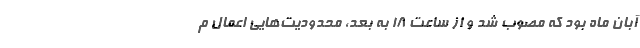
آبان ماه بود که مصوب شد و از ساعت ۱۸ به بعد، محدودیت‌هایی اعمال م